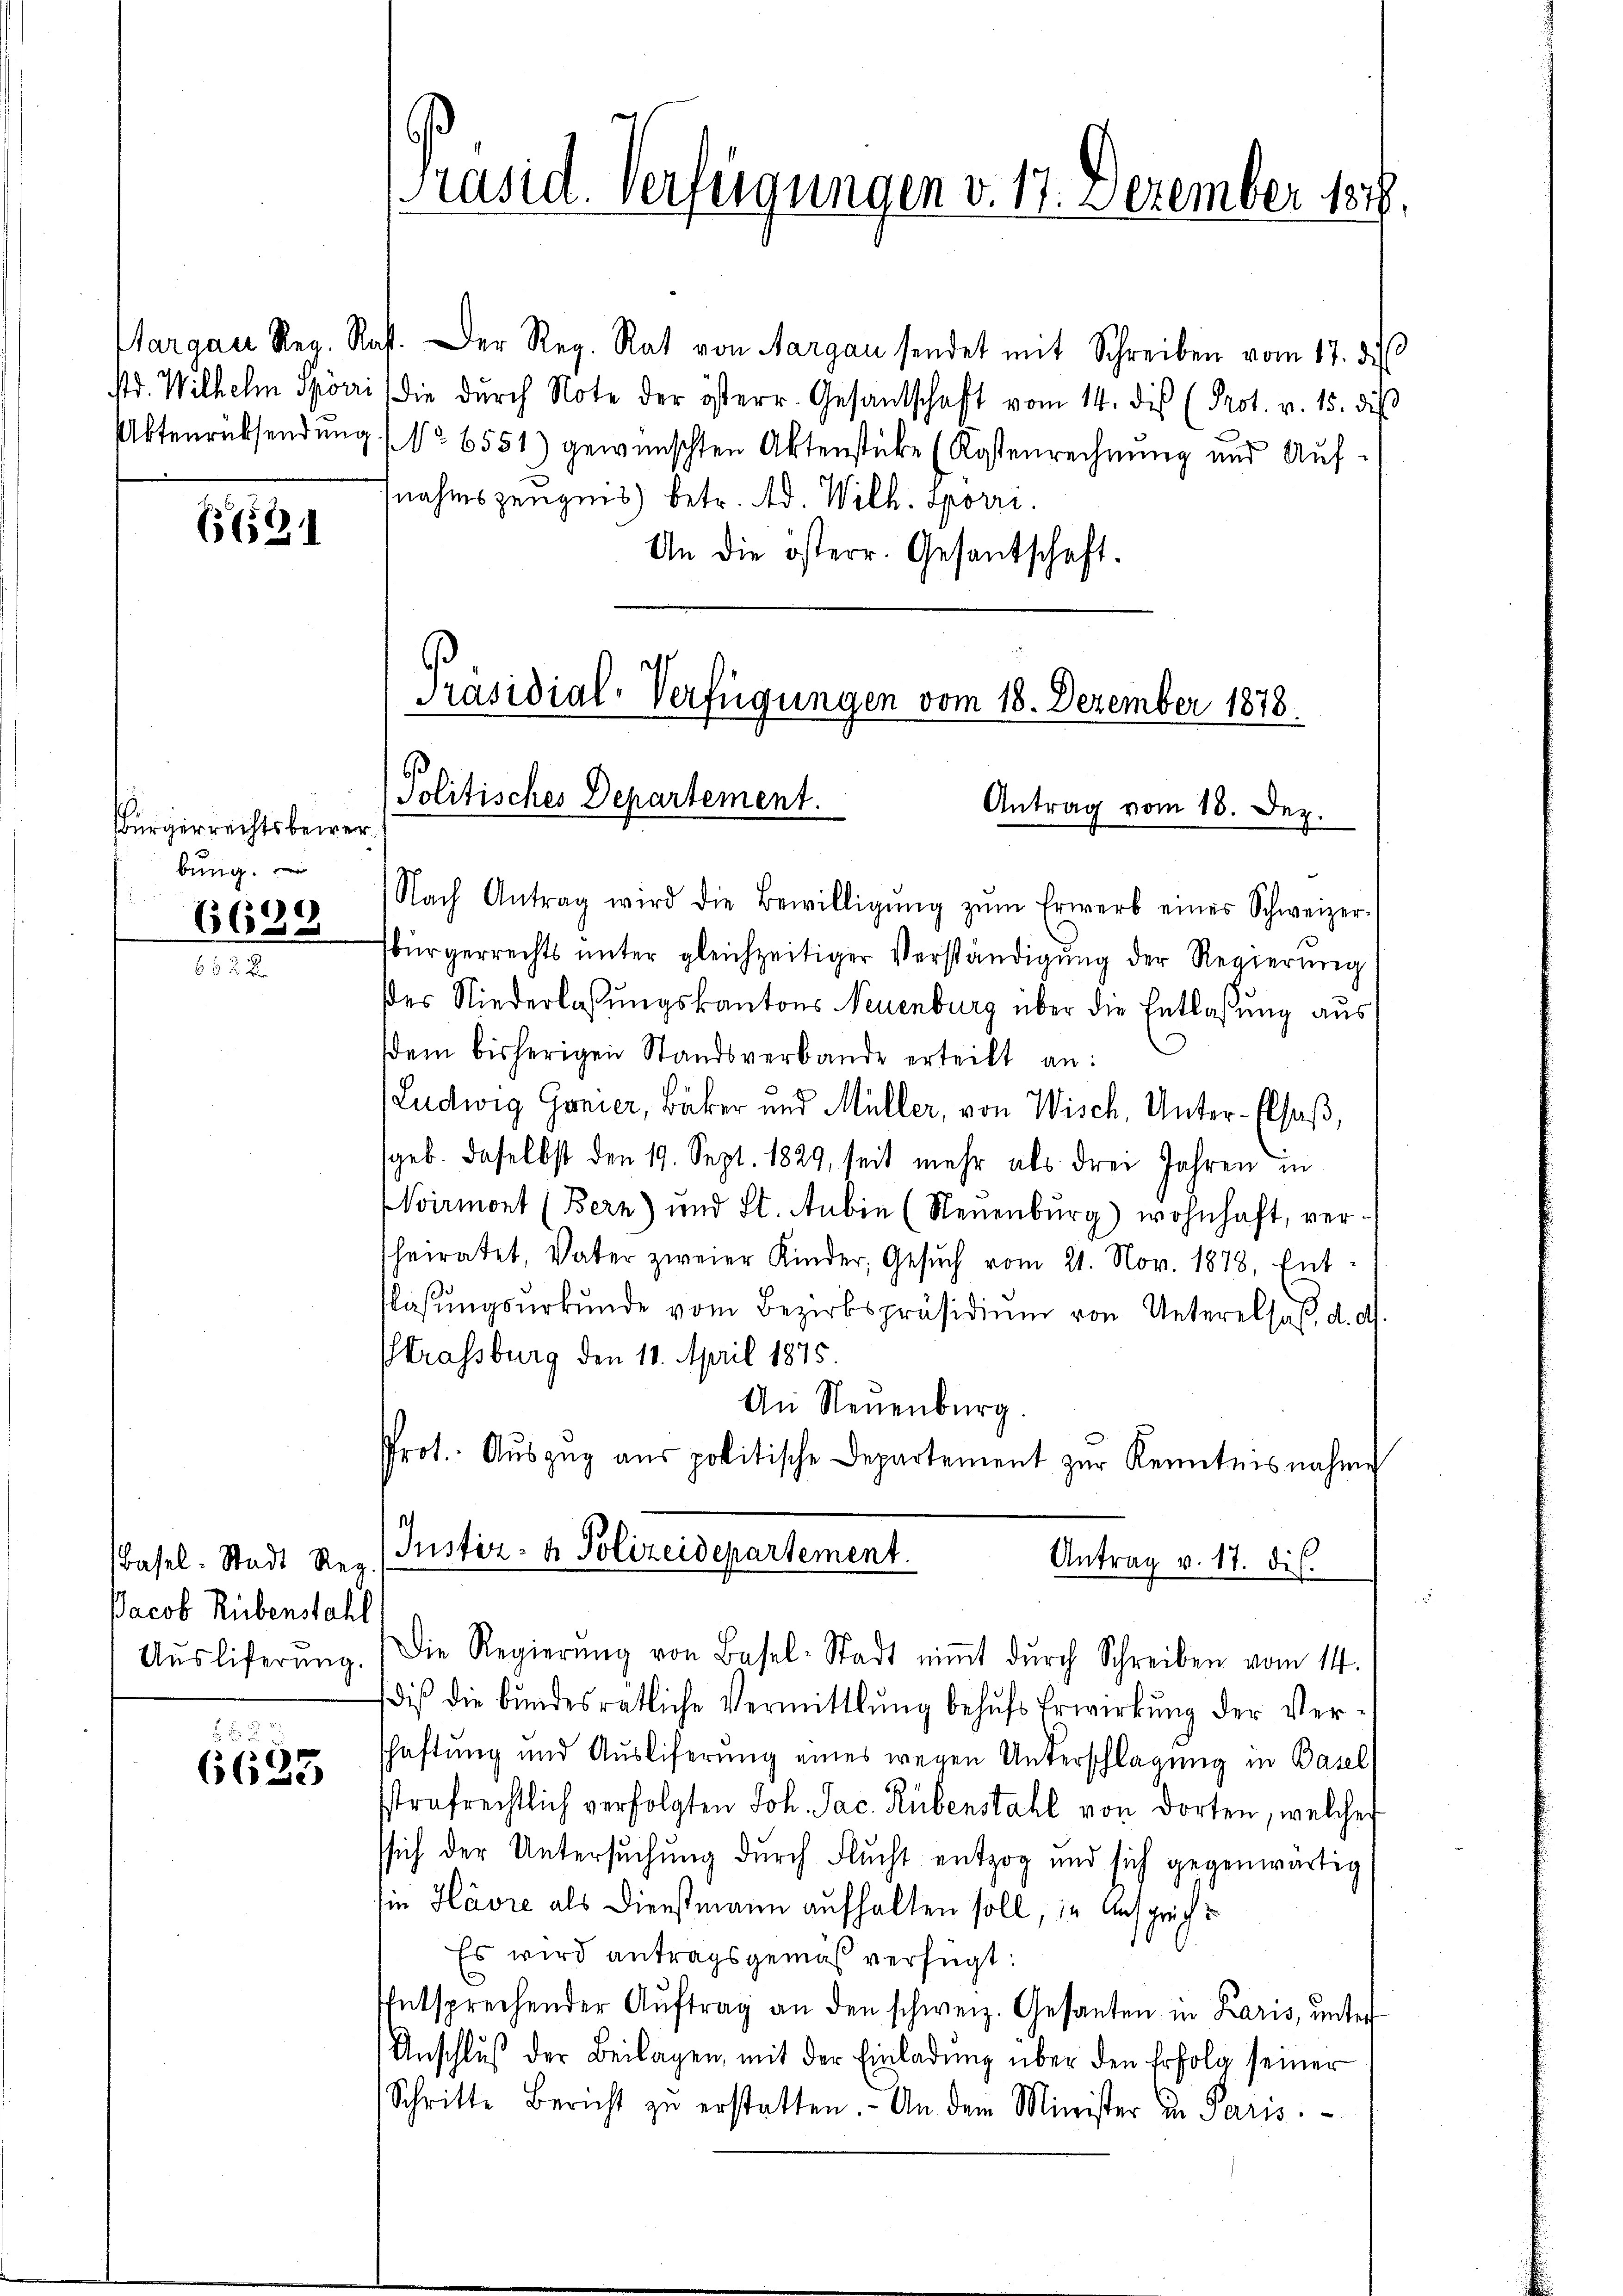
6621

Bürgerrechtsbewerbung.
6628

Basel. Stadt Reg.
Jacob Rübenstahl

.
6625

Aargau Reg. Rast. Der Reg. Rat von Aargau sendet mit Schreiben vom 17. d.
str. Wilhelm Spörri, die dŭrch Note der österr. Gesantschaft vom 14. dis (Prot. v. 15. diβ
Aktenrücksendung No 6551) gewünschten Aktenstücke (Kostenrechnung und Aufnahmszeugnis) betr. Ad. Wilh. Sporri
An die österr. Gesantschaft.

Präsid. Verfügungen v. 17. Dezember 1848

Präsidial-Verfügungen vom 18. Dezember 1878.
Politisches Departement.
Antrag vom 18. Dez.
Nach Antrag wird die Bewilligŭng zŭm Erwerb eines Schweizer-

bürgerrechts ŭnter gleichzeitiger Verständigŭng der Regierŭng
es Niederlassungskantons Neuenburg über die Entlaßung aus
dem bisherigen Standsverbande erteilt an:
Ludwig Gonier, Bäker und Müller, von Wisch, Unter-Elsaß,
geb. daselbst den 19. Sept. 1829, seit mehr als drei Jahren in
Wirmont (Bern) und St. Anbie (Neuenburg) wohnhaft, ver-
heiratet, Vater zweier Kinder, Gesŭch vom 21. Nov. 1878, Ent-
flösungsurkunde vom Bezirkspräsidiŭm von Unterelsaß, d. d.
Strassburg den 11. April 1875.
An Neuenburg.
Prot. Aŭszŭg aŭs politische Departement zŭr Kenntnisnahme
Justiz- & Polizeidepartement.
Antrag v. 17. di
n
Aŭsliferŭng. Die Regierŭng von Basel-Stadt niṁt dŭrch Schreiben vom 14.
dis die bŭndesrätliche Vermittlung behŭfs Erwirkŭng der Ver-
schaftung und Auslieferung eines wegen Unterschlagung in Basel
sstrafrechtlich verfolgten Joh. Jac. Rübenstahl von dorten, welcher
ssich der Untersuchung durch Flucht entzog und sich gegenwärtig
sie Havre als Dienstmann aufhalten soll, in Ansprech
Es wird antragsgemäß verfügt:
Entsprechender Aŭftrag an den schweiz. Gesanten in Paris, ŭnter
Anschlŭβ der Beilagen, mit der Einladŭng über den Erfolg seiner
Schritte Bericht zŭ erstatten. An dem Minister in Paris.